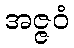
အဇ္ဇဝံ